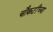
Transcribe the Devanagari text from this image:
चौकटींच्या